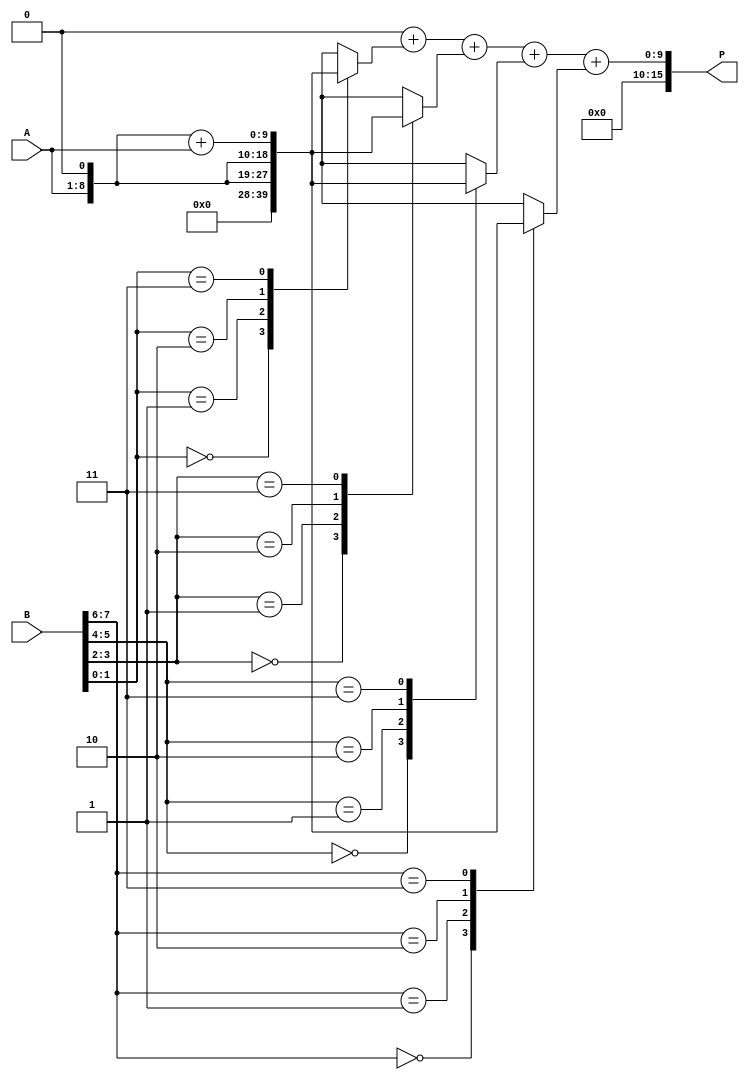
module radix4_multiplier #(parameter N = 8) (
    input  wire [N-1:0] A,  // Multiplicand
    input  wire [N-1:0] B,  // Multiplier
    output reg  [2*N-1:0] P // Product
);
    // Internal signals
    reg [N+1:0] partial_products [0:N/2-1]; // Partial products
    reg [N+1:0] sum; // Accumulator for partial products
    integer i;

    // Encoding stage and partial product generation
    always @(*) begin
        // Initialize partial products to zero
        for (i = 0; i < N/2; i = i + 1) begin
            partial_products[i] = 0;
        end

        // Generate partial products based on the encoded values
        for (i = 0; i < N/2; i = i + 1) begin
            case ({B[2*i+1], B[2*i]}) // Use pairs of bits from B
                2'b00: partial_products[i] = 0; // 00 -> 0
                2'b01: partial_products[i] = {1'b0, A}; // 01 -> A
                2'b10: partial_products[i] = {1'b0, A, 1'b0}; // 10 -> A << 1
                2'b11: partial_products[i] = {1'b0, A, 1'b0} + A; // 11 -> A + A << 1
                2'b01: partial_products[i] = {1'b1, A}; // -A (negation)
                2'b10: partial_products[i] = {1'b1, A, 1'b0}; // -A << 1
                default: partial_products[i] = 0;
            endcase
        end
    end

    // Accumulate partial products
    always @(*) begin
        sum = 0;
        for (i = 0; i < N/2; i = i + 1) begin
            sum = sum + partial_products[i];
        end
        P = sum; // Final product
    end
endmodule